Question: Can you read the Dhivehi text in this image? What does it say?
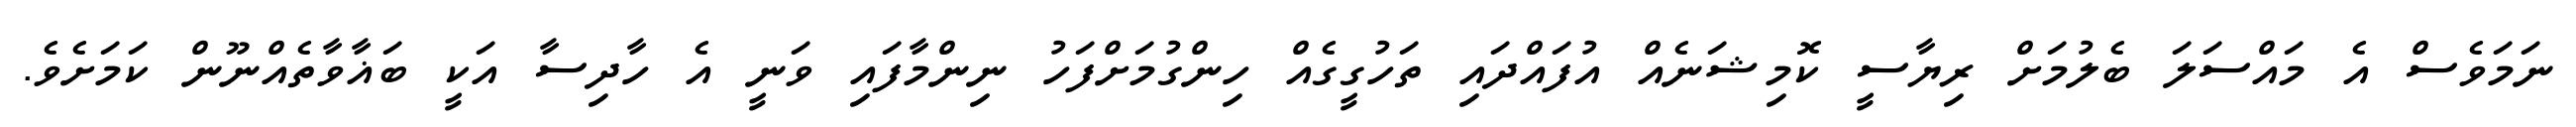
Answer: ނަމަވެސް އެ މައްސަލަ ބެލުމަށް ރިޔާސީ ކޮމިޝަނެއް އުފައްދައި ތަހުގީގެއް ހިންގުމަށްފަހު ނިންމާފައި ވަނީ އެ ހާދިސާ އަކީ ބަޣާވާތެއްނޫން ކަމަށެވެ.